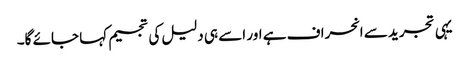
یہی تجرید سے انحراف ہے اور اسے ہی دلیل کی تجسیم کہا جائے گا۔